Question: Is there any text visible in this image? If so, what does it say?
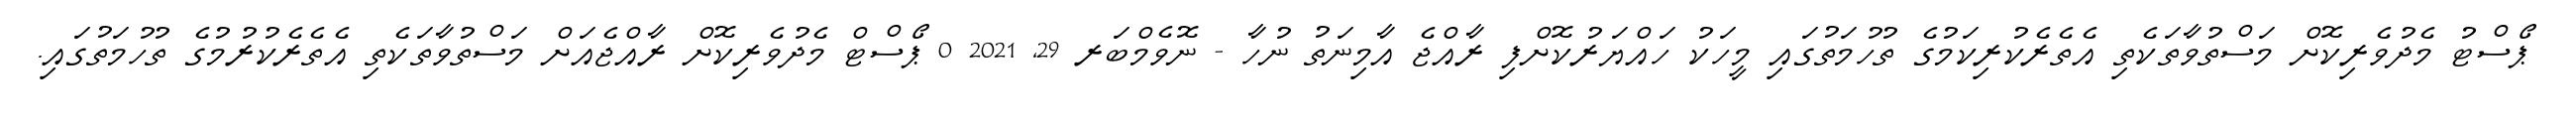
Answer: ޕޯސްޓު މެދުވެރިކޮށް މަސްތުވާތަކެތި އެތެރެކުރިކަމުގެ ތުހުމަތުގައި މީހަކު ހައްޔަރުކޮށްފި ރާއްޖެ އާމިނަތު ނުހާ - ނޮވެމްބަރ 29, 2021 0 ޕޯސްޓް މެދުވެރިކޮށް ރާއްޖެއަށް މަސްތުވާތަކެތި އެތެރެކުރުމުގެ ތުހުމަތުގައި.